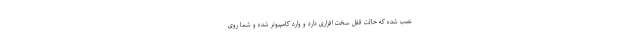
نصب شده که حالت قفل سخت افزاری دارد و وارد کامپیوتر شده و شما روی